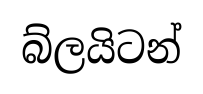
බ්ලයිටන්